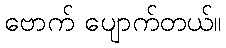
ဗောက် ပျောက်တယ်။